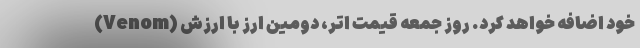
(Venom) خود اضافه خواهد کرد. روز جمعه قیمت اتر، دومین ارز با ارزش